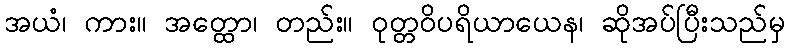
အယံ၊ ကား။ အတ္ထော၊ တည်း။ ဝုတ္တဝိပရိယာယေန၊ ဆိုအပ်ပြီးသည်မှ